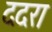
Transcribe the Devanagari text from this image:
ददरा